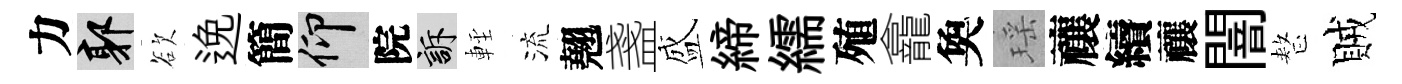
力郭欲𨓜簡仰院訴䡖流翹盞盛締繻殖龕奐瑶禳續禳闇整賊